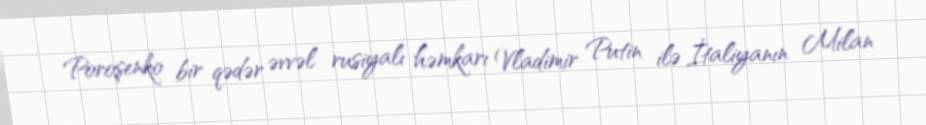
Poroşenko bir qədər əvvəl rusiyalı həmkarı Vladimir Putin ilə İtaliyanın Milan